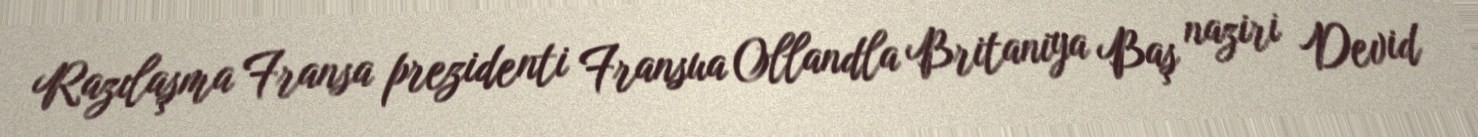
Razılaşma Fransa prezidenti Fransua Ollandla Britaniya Baş naziri Devid